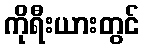
ကိုရီးယားတွင်